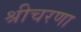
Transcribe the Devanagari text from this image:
श्रीचरणा